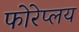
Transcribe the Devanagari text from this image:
फोरेप्लय